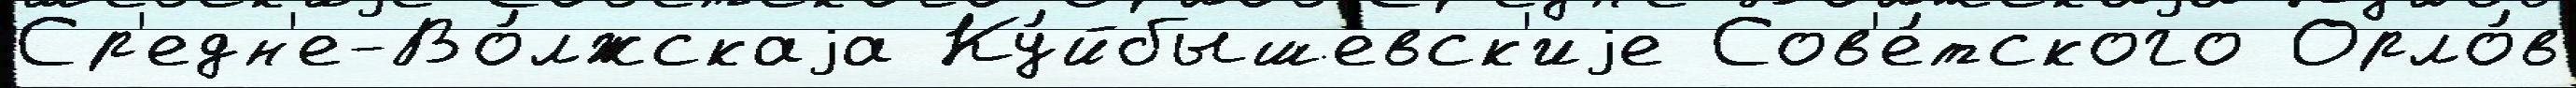
Ср'едн'е-Во́лжскаjа Ку́йбышевск'иjе Сов'е́тского Орло́в